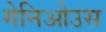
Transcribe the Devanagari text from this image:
गेनिओउस